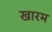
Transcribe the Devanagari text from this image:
खारम